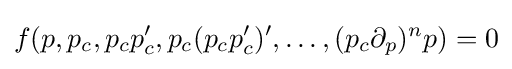
f(p,p_{c},p_{c}p_{c}',p_{c}(p_{c}p_{c}')',\dots ,(p_{c}\partial _{p})^{n}p)=0